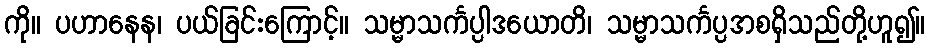
ကို။ ပဟာနေန၊ ပယ်ခြင်းကြောင့်။ သမ္မာသင်္ကပ္ပါဒယောတိ၊ သမ္မာသင်္ကပ္ပအစရှိသည်တို့ဟူ၍။